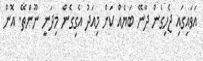
އަވައިގައި ޖެހިގެން ދާނޭ ބަޔެއް ކަން މިއަދު އެގިގެން މިދަނީ ނޫންތޭ. އޮން